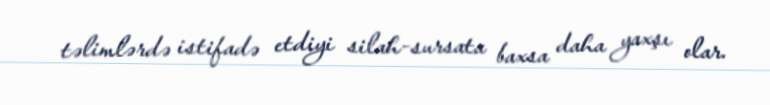
təlimlərdə istifadə etdiyi silah-sursata baxsa daha yaxşı olar.